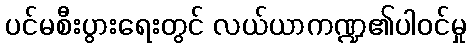
ပင်မစီးပွားရေးတွင် လယ်ယာကဏ္ဍ၏ပါဝင်မှု